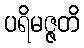
ပရိမဇ္ဇတိ